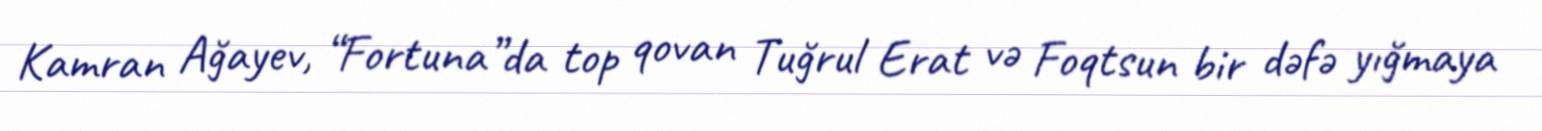
Kamran Ağayev, “Fortuna”da top qovan Tuğrul Erat və Foqtsun bir dəfə yığmaya